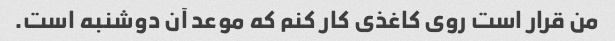
من قرار است روی کاغذی کار کنم که موعد آن دوشنبه است.